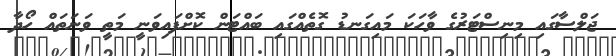
ޖަލްސާގައި މިނިސްޓަރުގެ ވާހަކަ މައިގަނޑު ގޮތެއްގައި ބައްޓަން ކޮށްފައިވަނީ މަތީ ވަނަތައް ހޯދާ